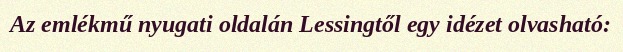
Az emlékmű nyugati oldalán Lessingtől egy idézet olvasható: